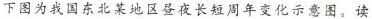
下图为我国东北某地区昼夜长短周年变化示意图。读